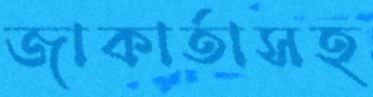
জাকার্তাসহ